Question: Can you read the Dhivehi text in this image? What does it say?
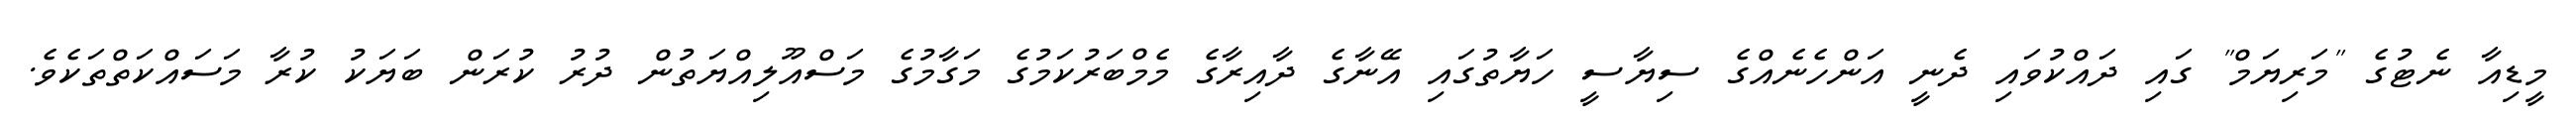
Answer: މީޑިއާ ނެޓުގެ "މަރިޔަމް" ގައި ދައްކުވައި ދެނީ އަންހެނެއްގެ ސިޔާސީ ހަޔާތުގައި އޭނާގެ ދާއިރާގެ މެމްބަރުކަމުގެ މަގާމުގެ މަސްއޫލިއްޔަތުން ދުރު ކުރަން ބަޔަކު ކުރާ މަސައްކަތްތަކެވެ.